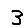
Digit: 3